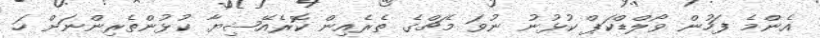
އެންމެ ފަހުން ވޯލްޑްކަޕް ކުޅުނު ނުވަ މެޗްގެ ތެރެއިން ކޮރެއޭޝިޔާ ކުޅުންތެރިންނަށް ހަ